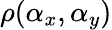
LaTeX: \rho(\alpha_{x},\alpha_{y})